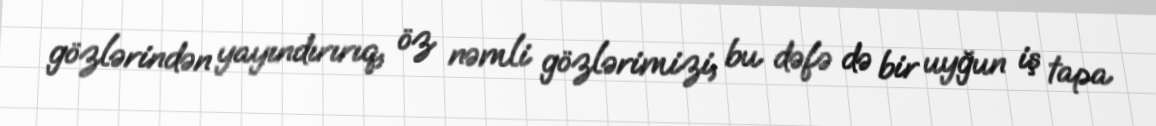
gözlərindən yayındırırıq, öz nəmli gözlərimizi, bu dəfə də bir uyğun iş tapa